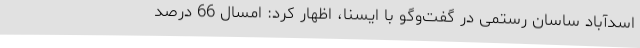
اسدآباد ساسان رستمی در گفت‌وگو با ایسنا، اظهار کرد: امسال 66 درصد